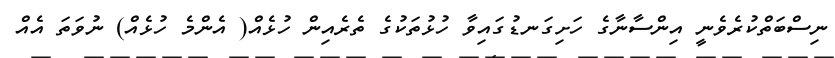
ނިސްބަތްކުރެވެނީ އިންސާނާގެ ހަށިގަނޑުގައިވާ ހުޅުތަކުގެ ތެރެއިން ހުޅެއް( އެންމެ ހުޅެއް) ނުވަތަ އެއް